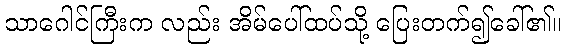
သာဂေါင်ကြီးက လည်း အိမ်ပေါ်ထပ်သို့ ပြေးတက်၍ခေါ်၏။